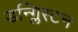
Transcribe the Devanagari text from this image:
डन्ग्लिस्टन